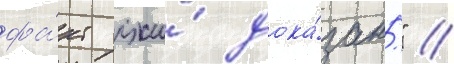
фа́кт лжи́ дока́зан." //